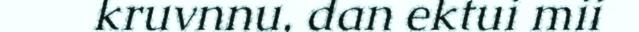
kruvnnu, dan ektui mii